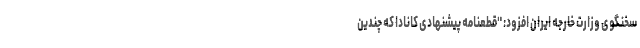
سخنگوی وزارت خارجه ایران افزود: "قطعنامه پیشنهادی کانادا که چندین